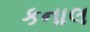
કનાલ